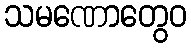
သမဏောတွေဝ